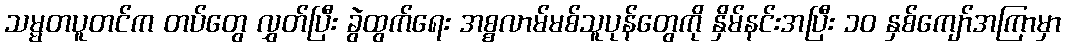
သမ္မတပူတင်က တပ်တွေ လွှတ်ပြီး ခွဲထွက်ရေး အစ္စလာမ်မစ်သူပုန်တွေကို နှိမ်နင်းအပြီး ၁၀ နှစ်ကျော်အကြာမှာ